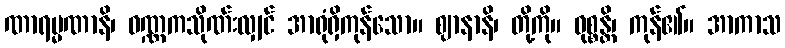
ဏာရမ္မဏာနိ၊ ဝဏ္ဏကသိုဏ်းလျှင် အာရုံရှိကုန်သော။ ဈာနာနိ၊ တို့ကို။ ဝုစ္စန္တိ၊ ကုန်၏။ အာကာသ